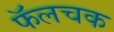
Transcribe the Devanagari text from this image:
फॅलचक